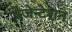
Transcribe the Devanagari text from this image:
प्रेजेन्टेशन